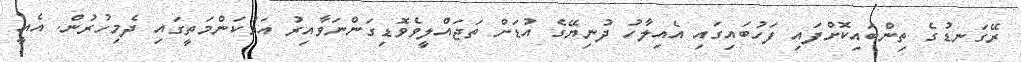
ރޭގަނޑުގެ ތިންބައިކޮށްފައި ފަހުބައިގައި އެއިލާހު ދުނިޔޭގެ އުޑަށް ތަޖައްލީވެވޮޑިގަންނަވާއިރު އަޅުކަންމަތީގައި ދެމިހުރުން. އެއީ